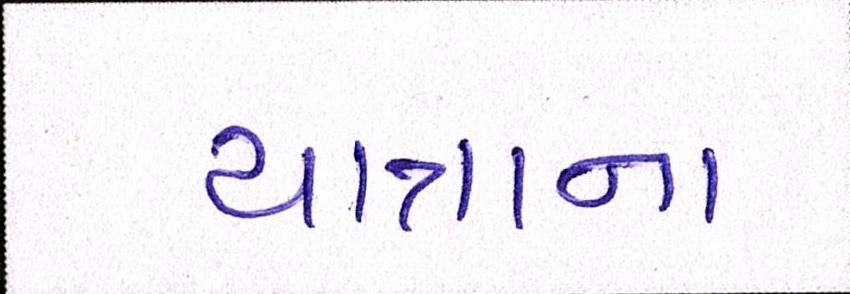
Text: યાત્રાના